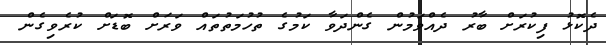
ދެކޮޅު ފިކުރަށް ބާރު ދެއްވަމުން ގެންދަވާ ކަމުގެ ތުހުމަތުތައް ވަރަށް ބޮޑަށް ކުރެވިގެން